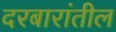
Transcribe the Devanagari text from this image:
दरबारांतील